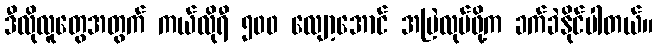
ဒီလိုလူတွေအတွက် ကယ်လိုရီ ၅၀၀ လျော့အောင် အမြဲလုပ်ဖို့က ခက်ခဲနိုင်ပါတယ်။